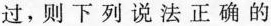
过，则下列说法正确的